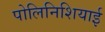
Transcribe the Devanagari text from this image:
पोलिनिशियाई